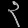
Digit: ၃